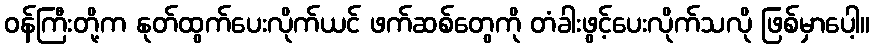
ဝန်ကြီးတို့က နုတ်ထွက်ပေးလိုက်ယင် ဖက်ဆစ်တွေကို တံခါးဖွင့်ပေးလိုက်သလို ဖြစ်မှာပေါ့။